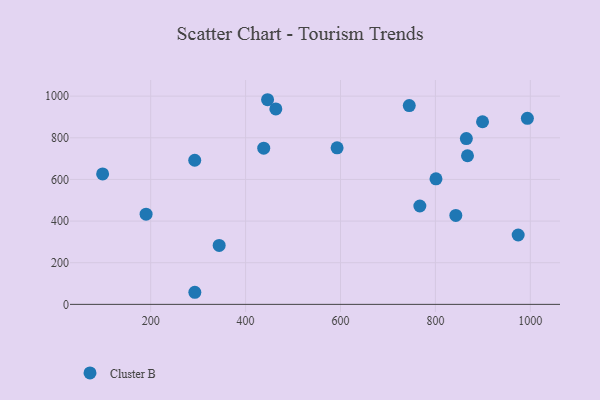
{"axis": {"x": "Study Hours", "y": "Salary"}, "legend": ["Cluster B"], "data": [{"x": "463.7", "y": 938.9, "type": "Cluster B"}, {"x": "438.2", "y": 750.3, "type": "Cluster B"}, {"x": "865.2", "y": 796.4, "type": "Cluster B"}, {"x": "190.3", "y": 433.1, "type": "Cluster B"}, {"x": "292.8", "y": 692.1, "type": "Cluster B"}, {"x": "974.4", "y": 333.2, "type": "Cluster B"}, {"x": "98.7", "y": 626.3, "type": "Cluster B"}, {"x": "767.2", "y": 472.5, "type": "Cluster B"}, {"x": "843.0", "y": 427.4, "type": "Cluster B"}, {"x": "867.6", "y": 713.9, "type": "Cluster B"}, {"x": "801.2", "y": 602.9, "type": "Cluster B"}, {"x": "293.0", "y": 58.1, "type": "Cluster B"}, {"x": "993.8", "y": 893.5, "type": "Cluster B"}, {"x": "446.3", "y": 982.9, "type": "Cluster B"}, {"x": "344.3", "y": 282.9, "type": "Cluster B"}, {"x": "899.3", "y": 877.2, "type": "Cluster B"}, {"x": "592.8", "y": 752.0, "type": "Cluster B"}, {"x": "744.9", "y": 954.9, "type": "Cluster B"}]}